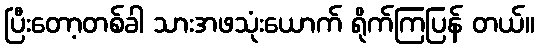
ပြီးတော့တစ်ခါ သားအဖသုံးယောက် ရိုက်ကြပြန် တယ်။